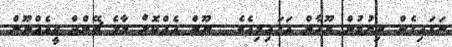
ނަގައިގެން ދިޔުމުން ޔޫހާން އަހައިލިއެވެ.  ނޫން އެއްކޮށް މާލެ ޗޭންޖް ވީއެއްނޫން